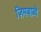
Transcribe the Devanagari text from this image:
ज़िमबाब्वे